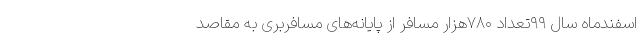
اسفندماه سال ۹۹تعداد ۷۸۰هزار مسافر از پایانه‌های مسافربری به مقاصد